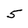
Character: 5